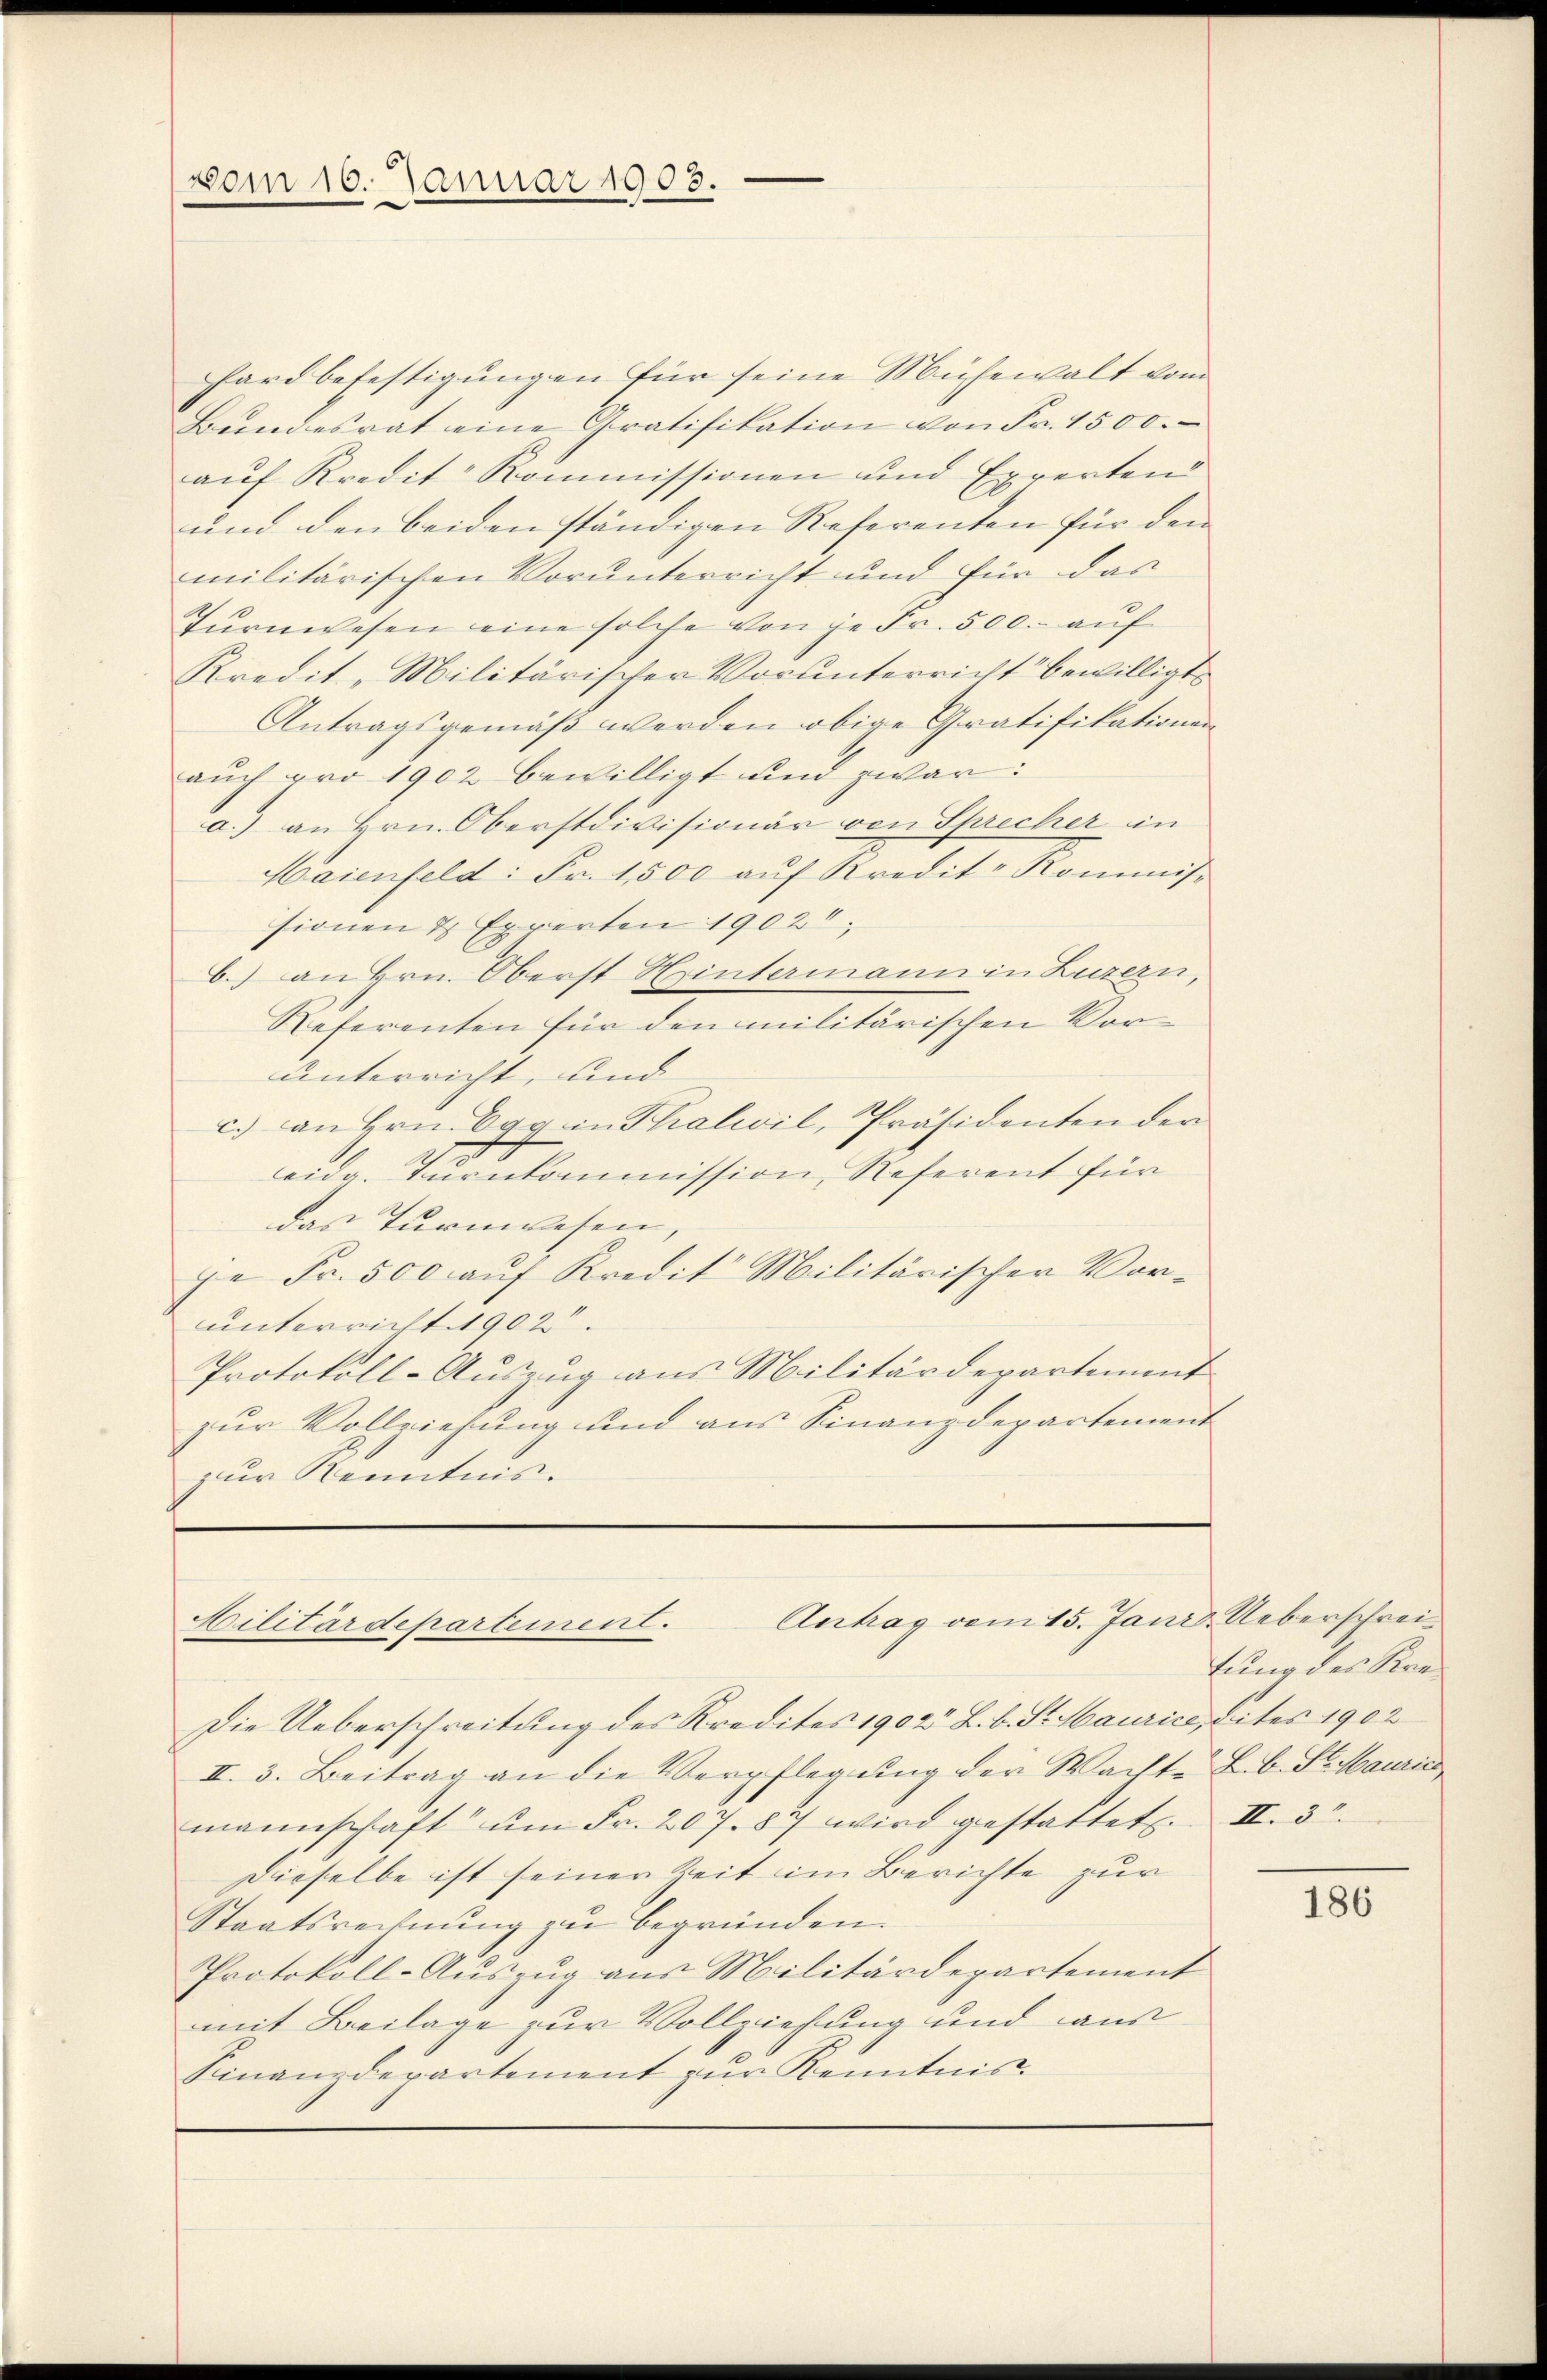
vom 16. Januar 1903.

hard befestigungen für seine Mühewalt vom
Bundesrat eine Gratifikation von Fr. 1500.
auf Kredit Kommissionen und Expertend
und den beiden ständigen Referenten für den
militärischen Vorunterricht und für das
Tŭrnwesen eine solche von je Fr. 500.- auf
Kredit "Militärischer Vorunterricht bewilligt.
Antragsgemäß werden obige Gratifikationen
auch pro 1902 bewilligt und zwar:
a.) an Hrn. Oberstdivisionär von Sprecher in
Maienfeld: Fr. 1500 aŭf Kredit- Kommis-
sionen & Experten 1902.
C.) an Hrn. Oberst Hintermann in Luzern,
Referenten für den militärischen Vorunterricht, und
c. an Hrn. Egg in Thalwil, Präsidenten der
eidg. Turnkommission, Referent für
das Turnwesen
je Fr. 500 auf Kredit Militärischer Vorunterricht. 1902.
Protokoll-Auszug aus Militärdepartement
zur Vollziehung und aus Finanzdepartement
zur Kenntnis.

Antrag vom 15. Jani Ueberschrei¬
Militärdepartement.

Die Ueberschreitung des Kredites 1902 L. b. St. Maurice, dites 1902
II. 3. Beitrag an die Verpflegung der Wacht. B. b. Se Mauric
mannschaft ŭm Fr. 207. 87 wird gestattet. II. 3.
Dieselbe ist seiner Zeit im Berichte zur
Staatsrechnung zu begründen.
Protokoll-Auszug aus Militärdepartement
mit Beilage zur Vollziehung und aus
Finanzdepartement zur Kenntnis¬

fung des Kre¬

186